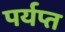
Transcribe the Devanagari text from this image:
पर्यप्त